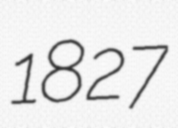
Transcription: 1827